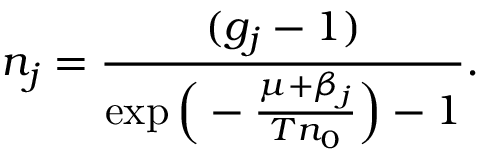
n _ { j } = \frac { ( g _ { j } - 1 ) } { \exp { \Big ( - \frac { \mu + \beta _ { j } } { T n _ { 0 } } \Big ) } - 1 } .